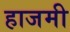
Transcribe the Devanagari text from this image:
हाजमी